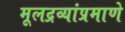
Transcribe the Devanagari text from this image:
मूलद्रव्यांप्रमाणे